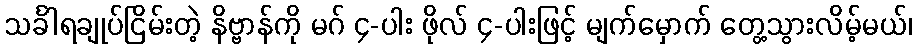
သင်္ခါရချုပ်ငြိမ်းတဲ့ နိဗ္ဗာန်ကို မဂ် ၄-ပါး ဖိုလ် ၄-ပါးဖြင့် မျက်မှောက် တွေ့သွားလိမ့်မယ်၊